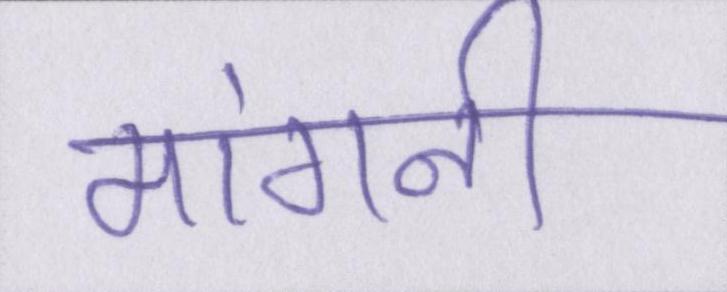
मांगनी